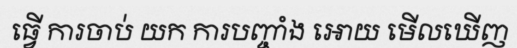
ធ្វើ ការចាប់ យក ការបញ្ចាំង អោយ មើលឃើញ